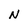
Character: N